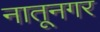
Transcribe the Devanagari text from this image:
नातूनगर